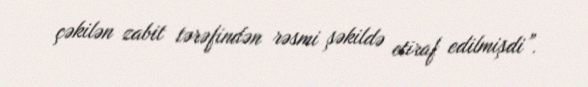
çəkilən zabit tərəfindən rəsmi şəkildə etiraf edilmişdi”.